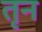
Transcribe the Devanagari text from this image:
तृन